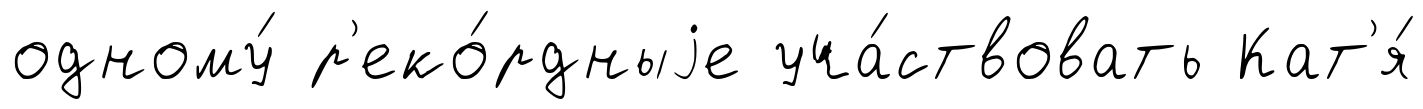
одному́ р'еко́рдныjе уча́ствовать Кат'я́